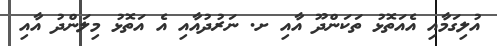
އުލިގަމާއި އެއަތޮޅު ތަަކަންދޫ އާއި ށ. ނަރުދުއާއި އެ އަތޮޅު މިލަންދު އާއި